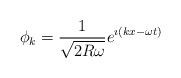
LaTeX: \begin{align*}\phi_{k}={1\over{\sqrt{2R\omega}}} e^{\imath(kx-\omega t)}\end{align*}